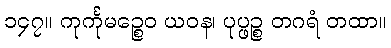
၁၄၇။ ကုင်္ကုမဉ္စေဝ ယဝန၊ ပုပ္ဖဉ္စ တဂရံ တထာ။